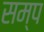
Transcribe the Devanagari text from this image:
सम्प